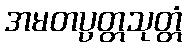
အမတပ္ပတ္တသုတ္တံ